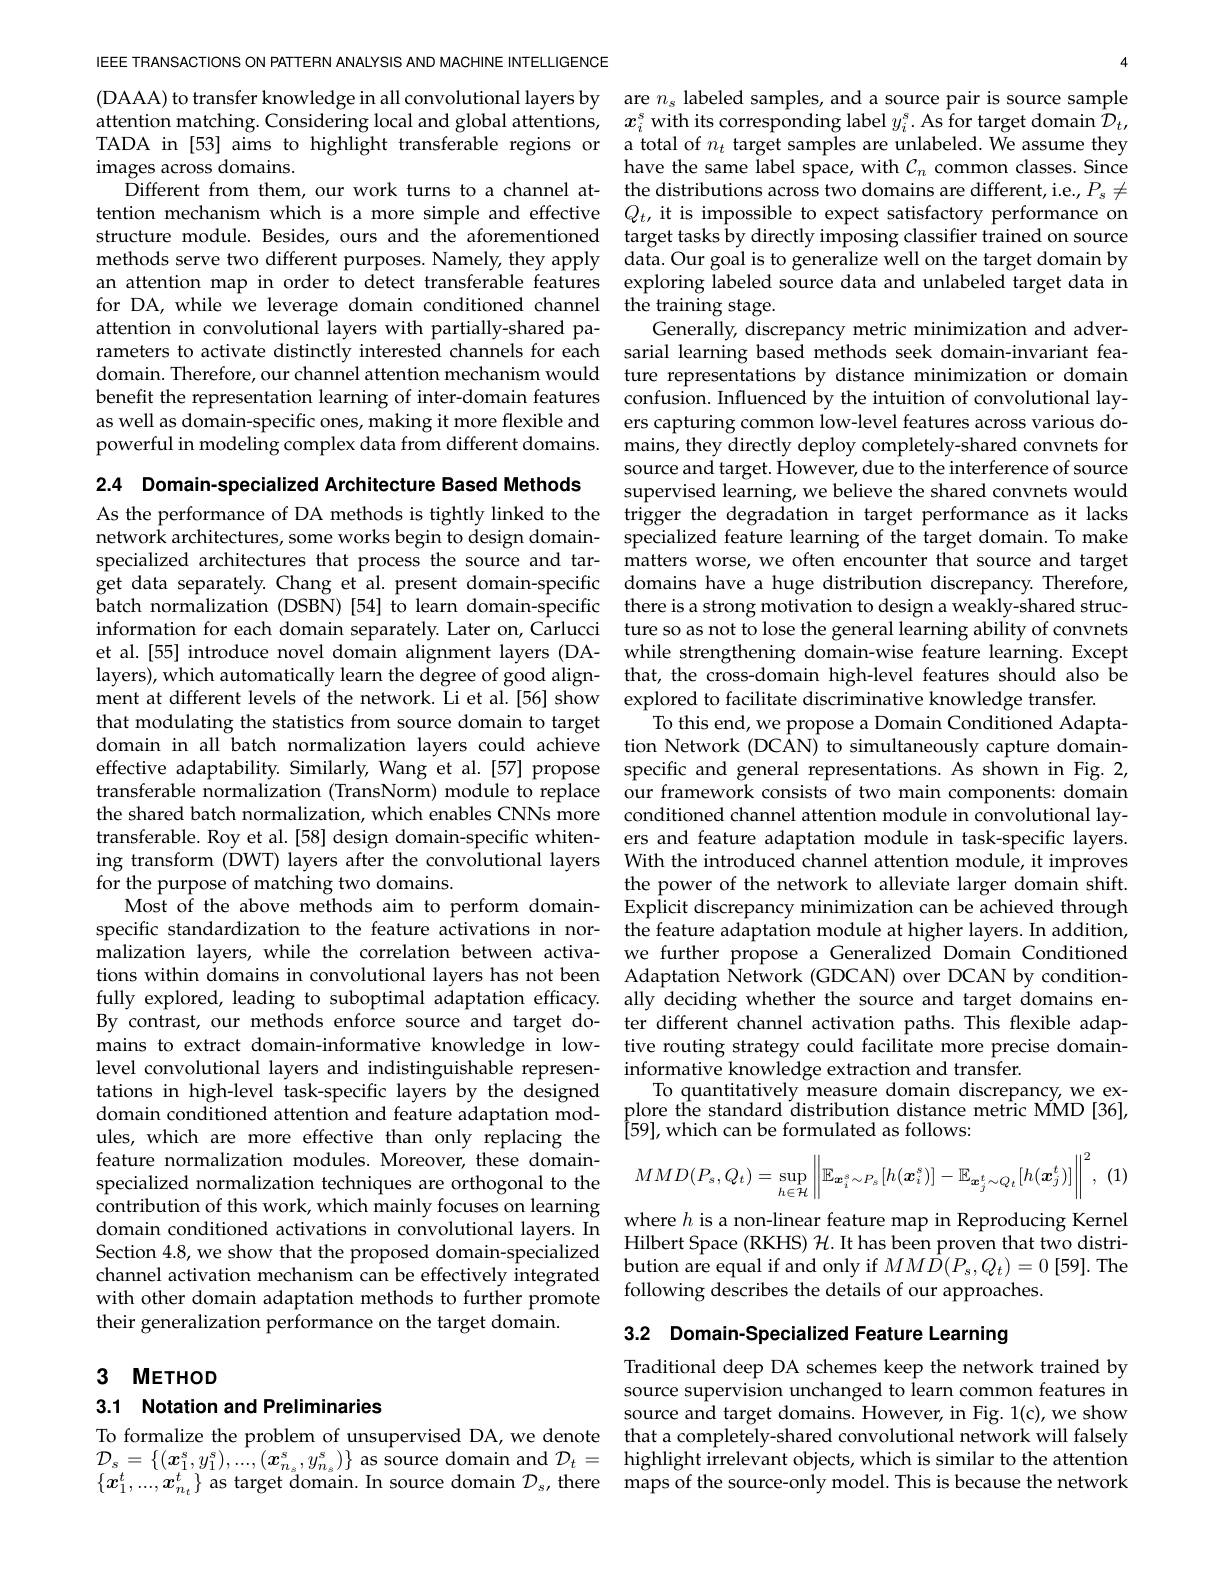
IEEE TRANSACTIONS ON PATTERN ANALYSIS AND MACHINE INTELLIGENCE
(DAAA) to transfer knowledge in all convolutional layers by are $n_\mathrm{s}$ labeled samples, and a source pair is source sample attention matching. Considering local and global attentions, $x_i^s$ with its corresponding label $y_i^s.$ As for target domain $\bar{\mathcal{D}}_t$, TADA in [53] aims to highlight transferable regions or
images across domains.
Different from them, our work turns to a channel at- the distributions across two domains are different, i. e. $P_{s}\neq$ tention mechanism which is a more simple and effective $Q_t$,it is impossible to expect satisfactory performance on structure module. Besides, ours and the aforementioned methods serve two different purposes. Namely, they apply an attention map in order to detect transferable features for DA, while we leverage domain conditioned channel the training stage.
attention in convolutional layers with partially-shared pa-
rameters to activate distinctly interested channels for each sarial learning based methods seek domain-invariant fea-
domain. Therefore, our channel attention mechanism would
benefit the representation learning of inter-domain features confusion. Influenced by the intuition of convolutional layas well as domain-specific ones, making it more flexible and ers capturing common low-level features across various dopowerful in modeling complex data from different domains.

2.4 Domain-specialized Architecture Based Methods specialized architectures that process the source and target data separately. Chang et al. present domain-specific batch normalization (DSBN)[54] to learn domain-specific et al.[55] introduce novel domain alignment layers (DAlayers), which automatically learn the degree of good alignthat modulating the statistics from source domain to target transferable normalization (TransNorm) module to replace transferable. Roy et al.[58] design domain-specific whitenfor the purpose of matching two domains.
malization layers, while the correlation between activaBy contrast, our methods enforce source and target domains to extract domain-informative knowledge in lowtations in high-level task-specific layers by the designed domain conditioned attention and feature adaptation modules, which are more effective than only replacing the feature normalization modules. Moreover, these domainspecialized normalization techniques are orthogonal to the contribution of this work, which mainly focuses on learning domain conditioned activations in convolutional layers. In
ulainel acuvauon nleclanisin cal be eneclvely megialeu following describes the details of our approaches.
their generalization performance on the target domain.

# 3 $METHOD$

3.1 Notation and Preliminaries

To formalize the problem of unsupervised DA, we denote that a completely-shared convolutional network will falsely

$\mathcal{D}_{s}=\{(\boldsymbol{x}_{1}^{s},y_{1}^{s}),...,(\boldsymbol{x}_{n_{s}}^{s},y_{n_{s}}^{s})\}$ as source domain and $\mathcal{D}_{t}=$

4
a total of $n_t$ target samples are unlabeled. We assume they have the same label space, with $\mathcal{C}_n$ common classes. Since target tasks by directly imposing classifier trained on source data. Our goal is to generalize well on the target domain by exploring labeled source data and unlabeled target data in
Generally, discrepancy metric minimization and adverture representations by distance minimization or domain mains, they directly deploy completely-shared convnets for source and target. However, due to the interference of source supervised learning, we believe the shared convnets would
As the performance of DA methods is tightly linked to the trigger the degradation in target performance as it lacks network architectures, some works begin to design domain- specialized feature learning of the target domain. To make
matters worse, we often encounter that source and target domains have a huge distribution discrepancy. Therefore, there is a strong motivation to design a weakly-shared struc-
information for each domain separately. Later on, Carlucci ture so as not to lose the general learning ability of convnets
while strengthening domain-wise feature learning. Except that, the cross-domain high-level features should also be
ment at different levels of the network. Li et al.[56] show explored to facilitate discriminative knowledge transfer
To this end, we propose a Domain Conditioned Adapta-
domain in all batch normalization layers could achieve tion Network (DCAN) to simultaneously capture domaineffective adaptability. Similarly, Wang et al.[57] propose specific and general representations. As shown in Fig. 2,
our framework consists of two main components: domain
the shared batch normalization, which enables CNNs more conditioned channel attention module in convolutional lay-
ers and feature adaptation module in task-specific layers.
ing transform (DWT) layers after the convolutional layers With the introduced channel attention module, it improves
the power of the network to alleviate larger domain shift.
Most of the above methods aim to perform domain- Explicit discrepancy minimization can be achieved through specific standardization to the feature activations in nor- the feature adaptation module at higher layers. In addition,
we further propose a Generalized Domain Conditioned
tions within domains in convolutional layers has not been Adaptation Ñetwork (GDCAN) over DCAN by conditionfully explored, leading to suboptimal adaptation efficacy. ally deciding whether the source and target domains en-
ter different channel activation paths. This flexible adaptive routing strategy could facilitate more precise domain-
level convolutional layers and indistinguishable represen- informative knowledge extraction and transfer.
To quantitatively measure domain discrepancy, we explore the standard distribution distance metric MMD [36], [59],which can be formulated as follows:
$$MMD(P_{s},Q_{t})=\sup_{h\in\mathcal{H}}\left\|\mathbb{E}_{\boldsymbol{x}_{i}^{s}\sim P_{s}}[h(\boldsymbol{x}_{i}^{s})]-\mathbb{E}_{\boldsymbol{x}_{j}^{t}\sim Q_{t}}[h(\boldsymbol{x}_{j}^{t})]\right\|^{2}$$
(1

where $h$ is a non-linear feature map in Reproducing Kernel Hilbert Space (RKHS) $\mathcal{H}.$ It has been proven that two distri-

3.2 Domain-Specialized Feature Learning

Traditional deep DA schemes keep the network trained by source supervision unchanged to learn common features in source and target domains. However, in Fig. 1(c), we show highlight irrelevant objects, which is similar to the attention
$\{x_1^t,...,x_{n_t}^t\}$ as target domain. In source domain $\mathcal{D}_s$, there maps of the source-oníy model. This is because the network